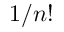
1 / n !